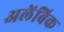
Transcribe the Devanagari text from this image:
अलेंबिक